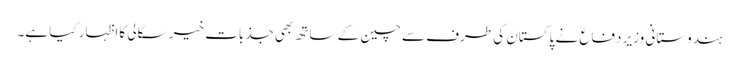
ہندوستانی وزیر دفاع نے پاکستان کی طرف سے چین کے ساتھ بھی جذبات خیر سگالی کا اظہار کیا ہے۔